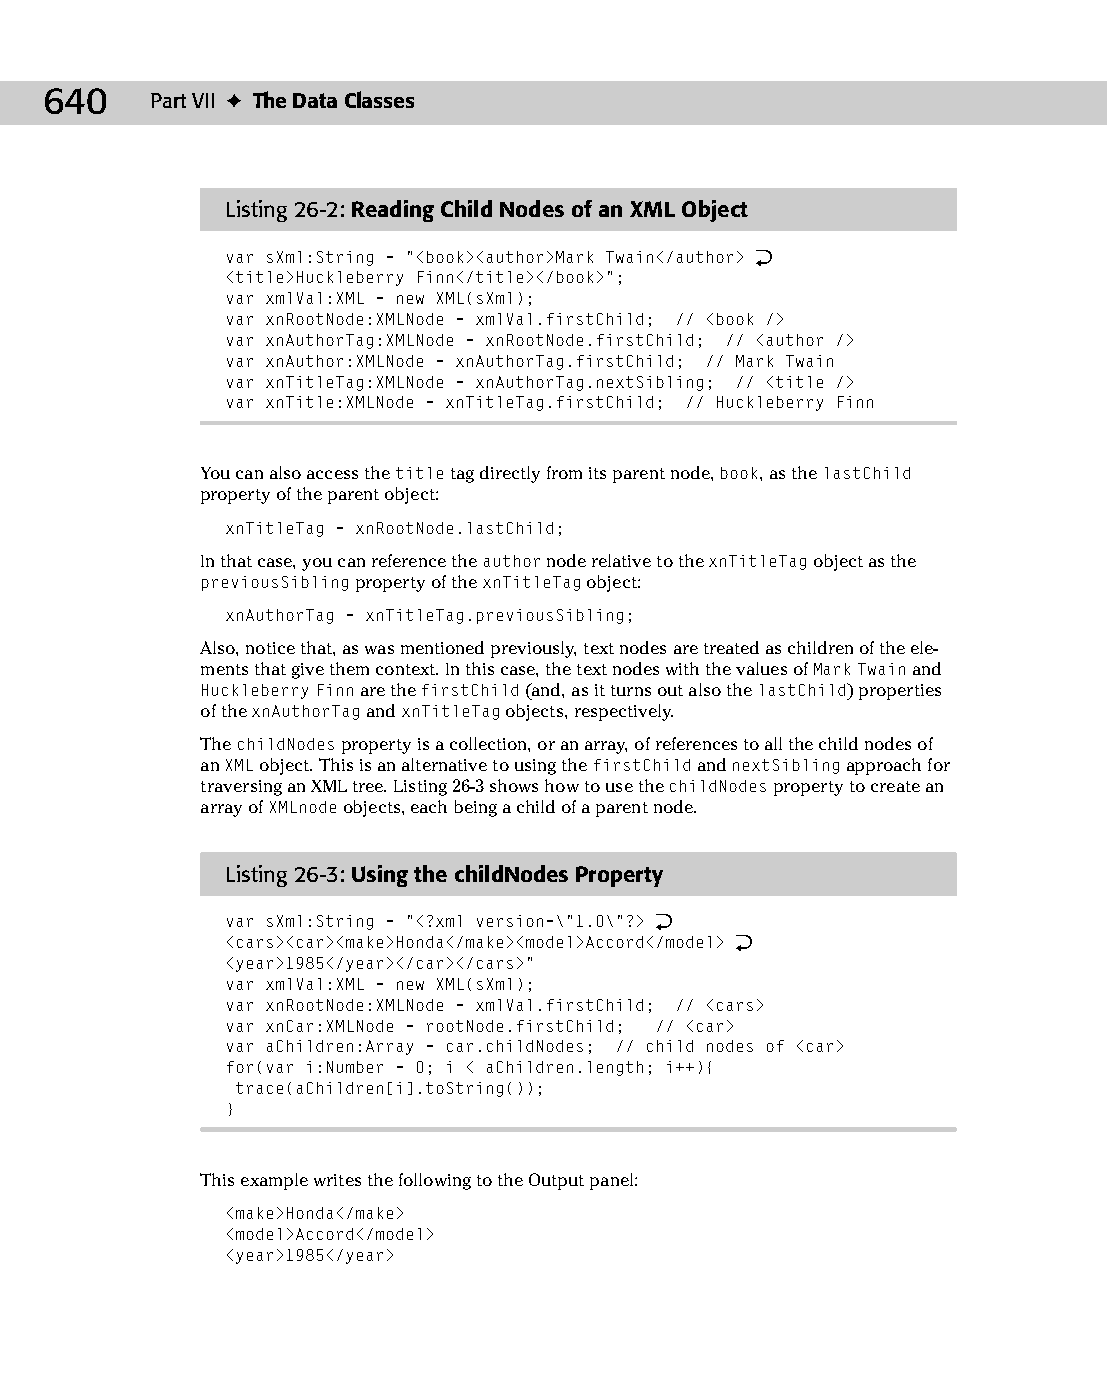
34 543547 ch26.qxd 3/24/04 4:08 PM Page 640
 640    Part VII ✦ The Data Classes
 Listing 26-2: Reading Child Nodes of an XML Object
 var sXml:String = “<book><author>Mark Twain</author> Æ
 <title>Huckleberry Finn</title></book>”;
 var xmlVal:XML = new XML(sXml);
 var xnRootNode:XMLNode = xmlVal.firstChild; // <book />
 var xnAuthorTag:XMLNode = xnRootNode.firstChild; // <author />
 var xnAuthor:XMLNode = xnAuthorTag.firstChild; // Mark Twain
 var xnTitleTag:XMLNode = xnAuthorTag.nextSibling; // <title />
 var xnTitle:XMLNode = xnTitleTag.firstChild; // Huckleberry Finn
 You can also access the title tag directly from its parent node, book, as the lastChild
 property of the parent object:
 xnTitleTag = xnRootNode.lastChild;
 In that case, you can reference the author node relative to the xnTitleTag object as the
 previousSibling property of the xnTitleTag object:
 xnAuthorTag = xnTitleTag.previousSibling;
 Also, notice that, as was mentioned previously, text nodes are treated as children of the ele­
 ments that give them context. In this case, the text nodes with the values of Mark Twain and
 Huckleberry Finn are the firstChild (and, as it turns out also the lastChild) properties
 of the xnAuthorTag and xnTitleTag objects, respectively.
 The childNodes property is a collection, or an array, of references to all the child nodes of
 an XML object. This is an alternative to using the firstChild and nextSibling approach for
 traversing an XML tree. Listing 26-3 shows how to use the childNodes property to create an
 array of XMLnode objects, each being a child of a parent node.
 Listing 26-3: Using the childNodes Property
 var sXml:String = “<?xml version=\”1.0\”?> Æ
 <cars><car><make>Honda</make><model>Accord</model> Æ
 <year>1985</year></car></cars>”
 var xmlVal:XML = new XML(sXml);
 var xnRootNode:XMLNode = xmlVal.firstChild; // <cars>
 var xnCar:XMLNode = rootNode.firstChild; // <car>
 var aChildren:Array = car.childNodes; // child nodes of <car>
 for(var i:Number = 0; i < aChildren.length; i++){
 trace(aChildren[i].toString());
 }
 This example writes the following to the Output panel:
 <make>Honda</make>
 <model>Accord</model>
 <year>1985</year>